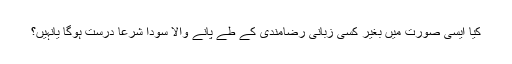
کیا ایسی صورت میں بغیر کسی زبانی رضامندی کے طے پانے والا سودا شرعاً درست ہوگا یانہیں؟